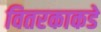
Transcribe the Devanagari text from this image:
वितरकाकडे